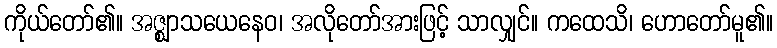
ကိုယ်တော်၏။ အဇ္ဈာသယေနေဝ၊ အလိုတော်အားဖြင့် သာလျှင်။ ကထေသိ၊ ဟောတော်မူ၏။